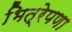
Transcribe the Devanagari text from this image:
भित्रेपणा